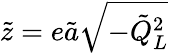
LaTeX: \tilde{z}=e\tilde{a}\sqrt{-\tilde{Q}_{L}^{2}}